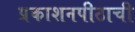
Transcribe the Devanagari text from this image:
प्रकाशनपीठाची